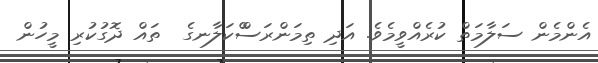
އެންމެން ސަލާމަތް ކުރެއްވީމެވެ. އަދި ތިމަންރަސްްކަލާނގެ  ތައް ދޮގުކުރި މީހުން